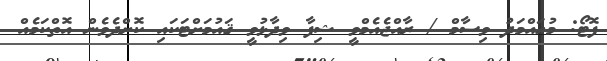
ފޮޓޯ: މުހައްމަދު ވިސާމް / ރާއްޖެއެމްވީ ޝިފާ ވިދާޅުވީ ޤައުމަށްޓަކައި ކޮށްދެވެން އޮތްކަމެއް